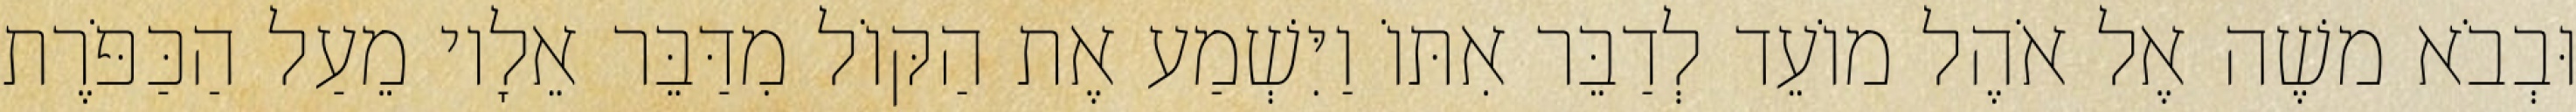
וּבְבֹא משֶׁה אֶל אֹהֶל מוֹעֵד לְדַבֵּר אִתּוֹ וַיִּשְׁמַע אֶת הַקּוֹל מִדַּבֵּר אֵלָיו מֵעַל הַכַּפֹּרֶת